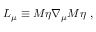
L _ { \mu } \equiv { \cal M } \eta \nabla _ { \mu } { \cal M } \eta \ ,